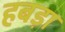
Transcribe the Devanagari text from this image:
हबड़ा